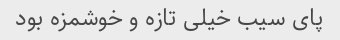
پای سیب خیلی تازه و خوشمزه بود